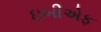
ઇબીએફ